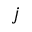
j